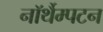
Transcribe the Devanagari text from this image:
नॉर्थैम्पटन